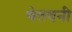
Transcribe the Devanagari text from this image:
चेतवनी